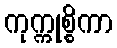
ကုက္ကုစ္စိကာ